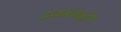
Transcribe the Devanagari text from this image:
उकलली